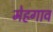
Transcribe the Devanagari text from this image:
मेहगाव